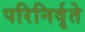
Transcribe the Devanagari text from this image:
परिनिर्वृते